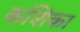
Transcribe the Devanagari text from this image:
कशिका